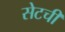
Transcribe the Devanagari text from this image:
सेटची